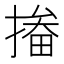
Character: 㨧